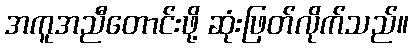
အကူအညီတောင်းဖို့ ဆုံးဖြတ်လိုက်သည်။